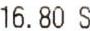
16.80 S